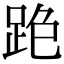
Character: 𨀓